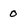
Character: 0